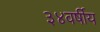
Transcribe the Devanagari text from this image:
३४वर्षीय